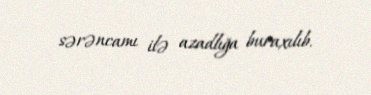
sərəncamı ilə azadlığa buraxılıb.